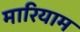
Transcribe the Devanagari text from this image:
मारियाम